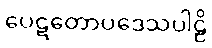
ပေဋတောပဒေသပါဠိ